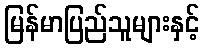
မြန်မာပြည်သူများနှင့်